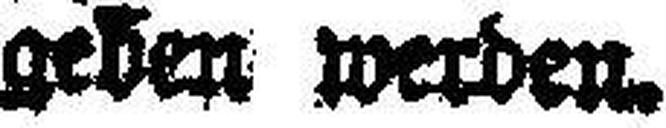
geben werden.